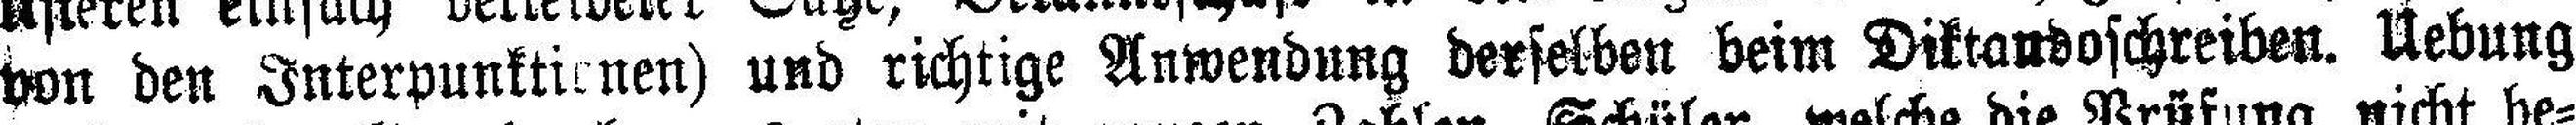
von den Interpunktionen) und richtige Anwendung derselben beim Diktaudoschreiben. Uebung